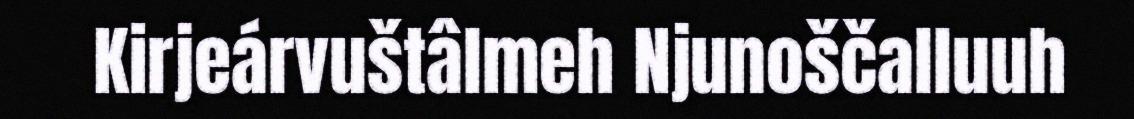
Kirjeárvuštâlmeh Njunoščalluuh